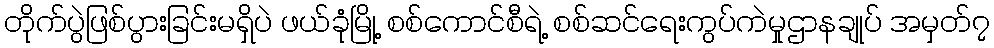
တိုက်ပွဲဖြစ်ပွားခြင်းမရှိပဲ ဖယ်ခုံမြို့ စစ်ကောင်စီရဲ့ စစ်ဆင်ရေးကွပ်ကဲမှုဌာနချုပ် အမှတ်၇